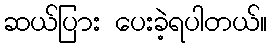
ဆယ်ပြား ပေးခဲ့ရပါတယ်။